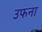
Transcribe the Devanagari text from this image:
उफना